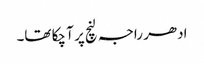
ادھر راجہ لنچ پر آ چکا تھا۔